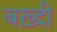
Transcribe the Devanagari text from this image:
बख़्दी